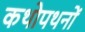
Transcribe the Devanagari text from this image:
कथोपथनों